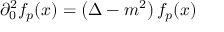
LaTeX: \partial _ { 0 } ^ { 2 } f _ { p } ( x ) = \left( \Delta - m ^ { 2 } \right) f _ { p } ( x )